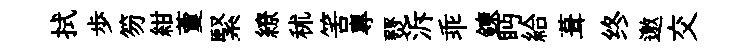
拭歩笏紺藑緊繚秫筈專燹泝乖錬眄給葺终邀交